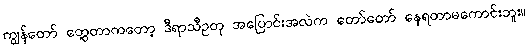
ကျွန်တော် တွေ့တာကတော့ ဒီရာသီဥတု အပြောင်းအလဲက တော်တော် နေရတာမကောင်းဘူး။